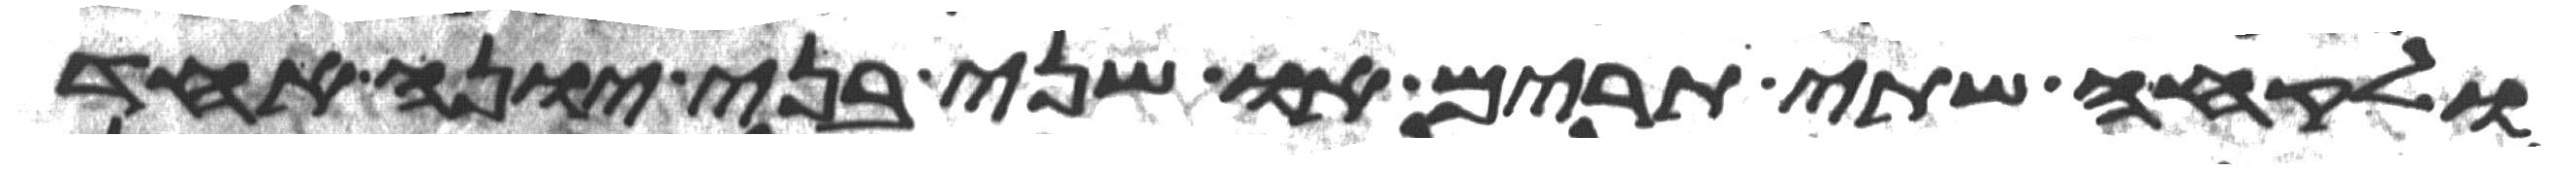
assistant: ולקחה שתי תרים או שני בני יונה אחד